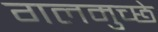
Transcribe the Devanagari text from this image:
गलमुच्छे